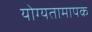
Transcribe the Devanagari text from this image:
योग्यतामापक